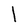
Character: l